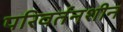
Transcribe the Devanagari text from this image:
परिवर्तनशीन